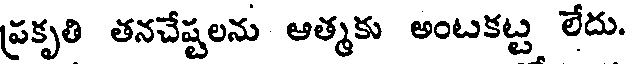
ప్రకృతి తనచేష్టలను ఆత్మకు అంటకట్ట లేదు.